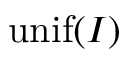
\mathrm { { u n i f } } ( I )